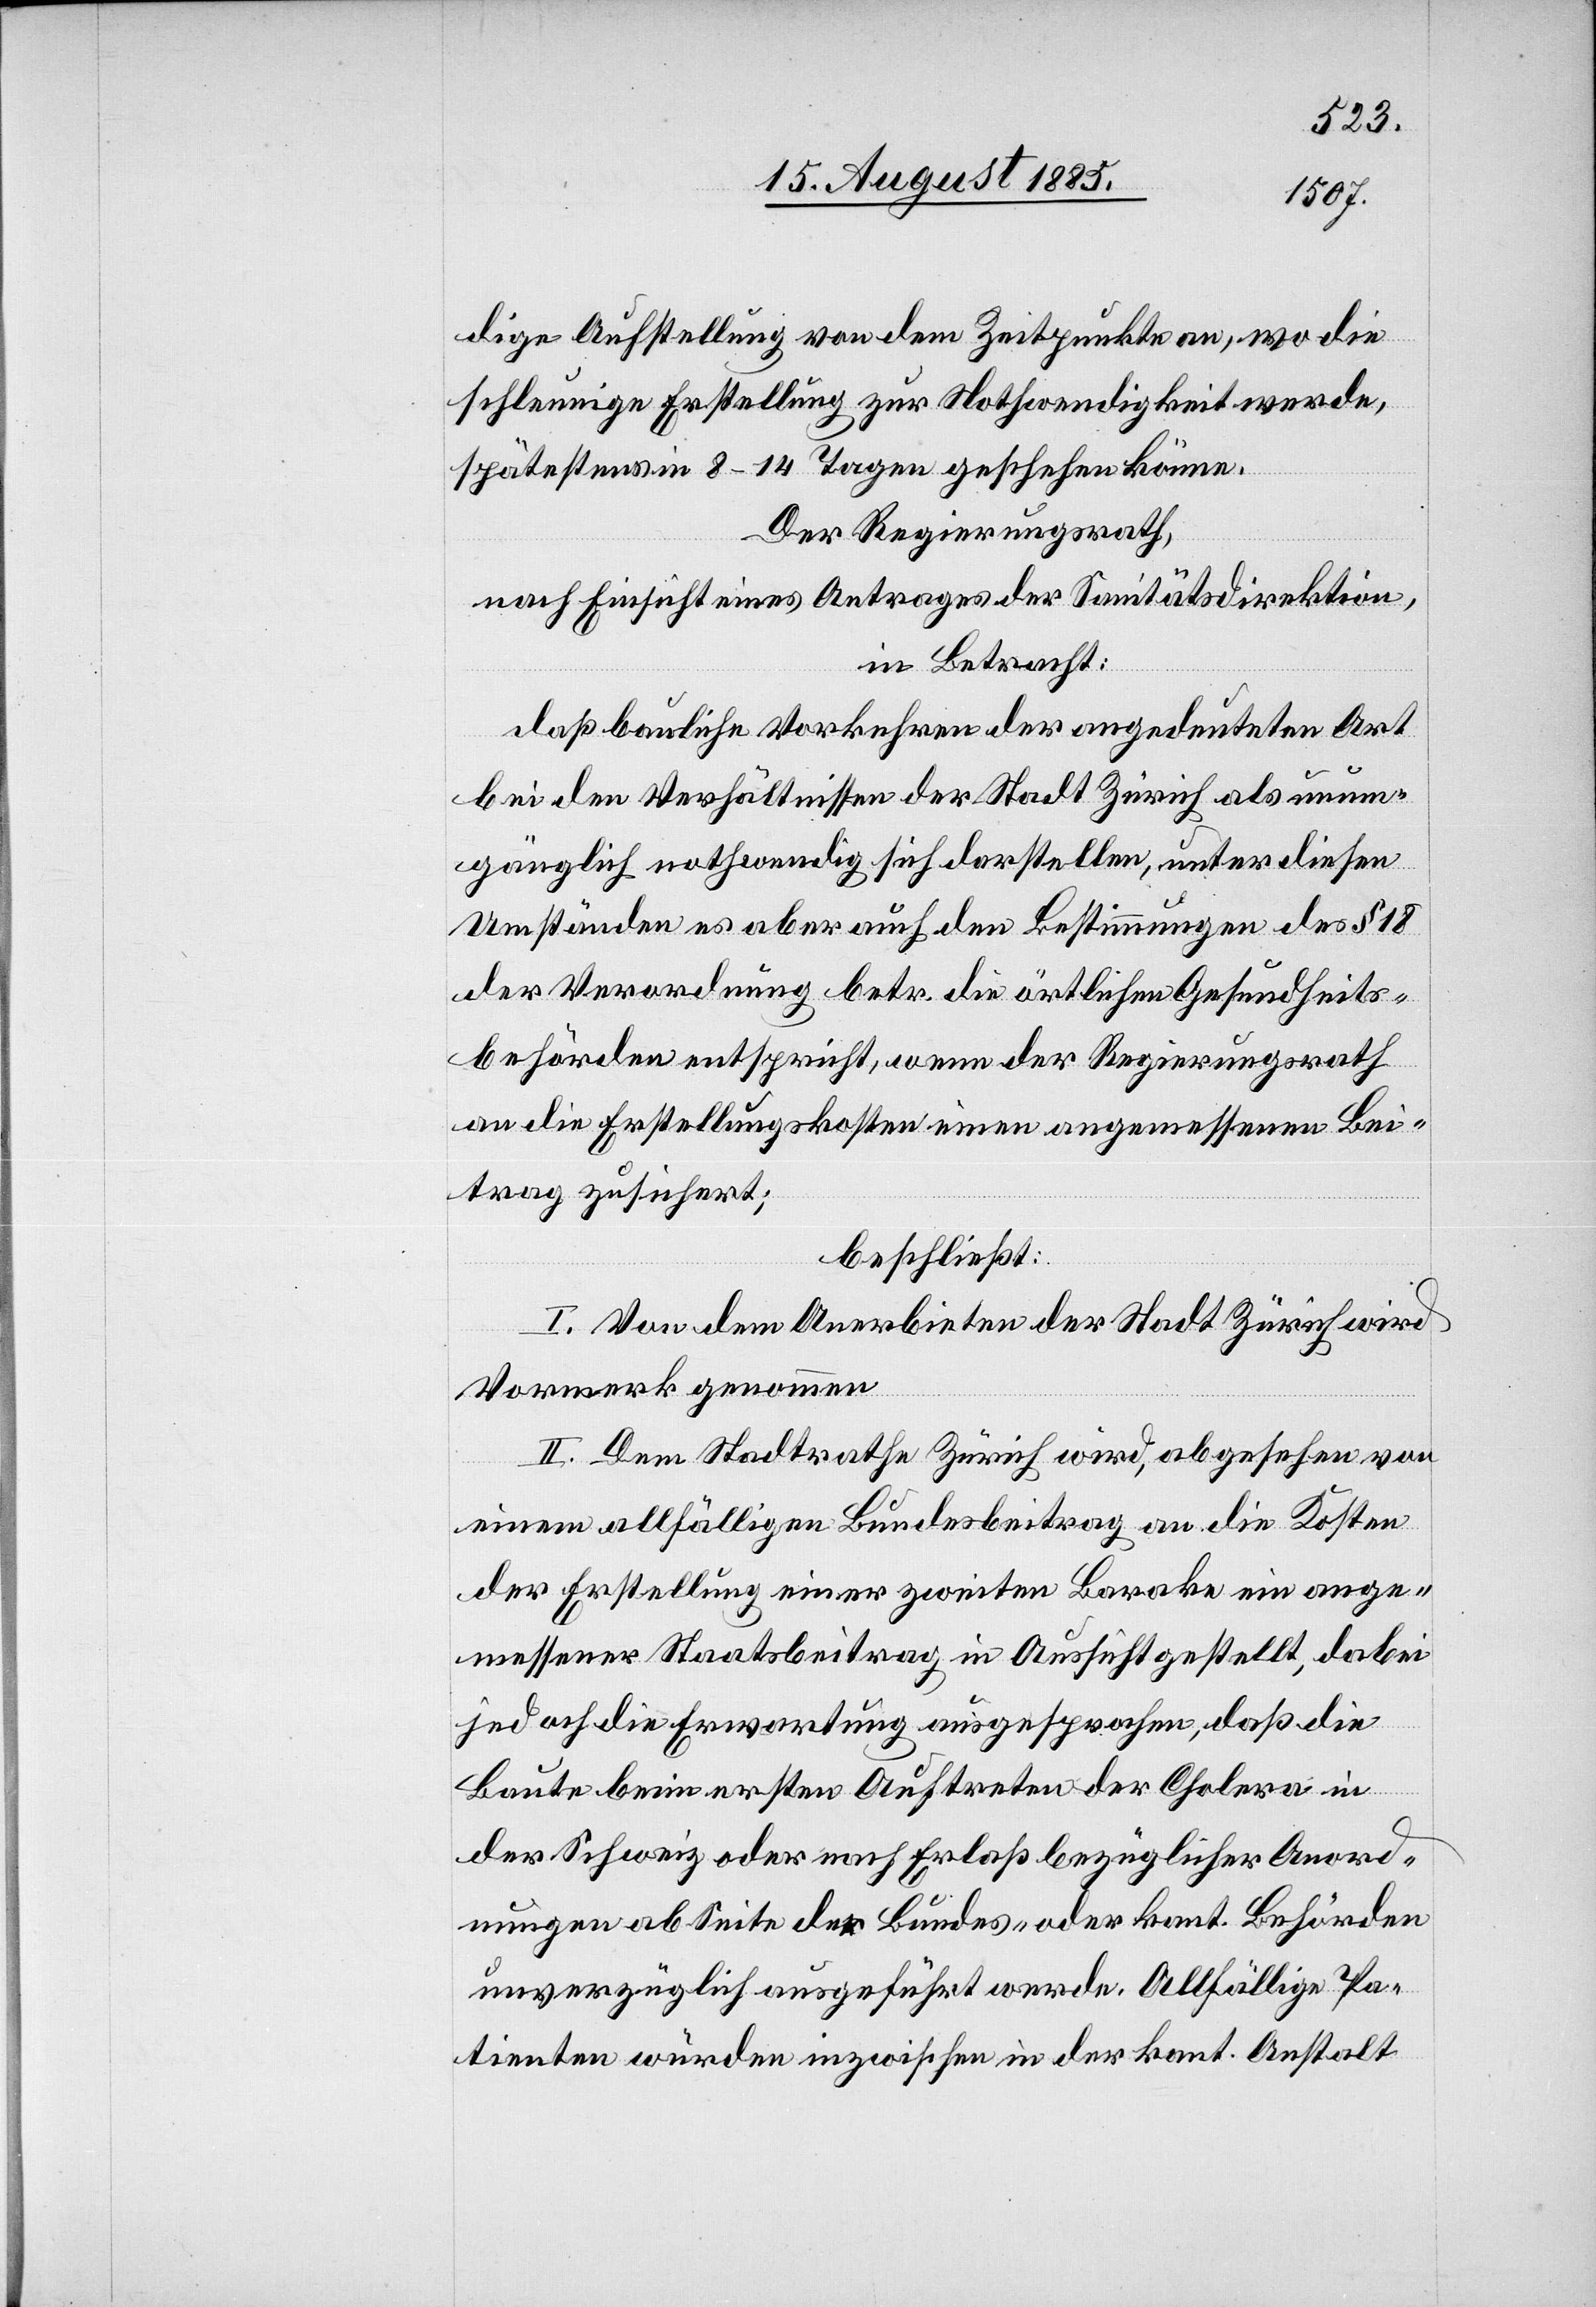
dige Aufstellung von dem Zeitpunkte an, wo die
schleunige Erstellung zur Nothwendigkeit werde
spätestens in 8–14 Tagen geschehen könne.
Der Regierungsrath,
nach Einsicht eines Antrages der Sanitätsdirektion,
in Betracht:
daß bauliche Vorkehren der angedeuteten Art
bei den Verhältnissen der Stadt Zürich als unum¬
gänglich nothwendig sich darstellen, unter diesen
Umständen es aber auch den Bestimmungen des § 18
der Verordnung betr. die örtlichen Gesundheits¬
behörden entspricht, wenn der Regierungsrath
an die Erstellungskosten einen angemessenen Bei¬
trag zusichert;
beschließt:
I. Von dem Anerbieten der Stadt Zürich wird
Vormerk genommen.
II. Dem Stadtrathe Zürich wird, abgesehen von
einem allfälligen Bundesbeitrag an die Kosten
der Erstellung einer zweiten Baracke ein ange¬
messener Staatsbeitrag in Aussicht gestellt, dabei
jedoch die Erwartung ausgesprochen, daß die
Baute beim ersten Auftreten der Cholera in
der Schweiz oder nach Erlaß bezüglicher Anord¬
nungen ab Seite der Bundes- oder kant. Behörden
unverzüglich ausgeführt werde. Allfällige Pa¬
tienten würden inzwischen in der kant. Anstalt